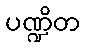
ပဏ္ဍိတ